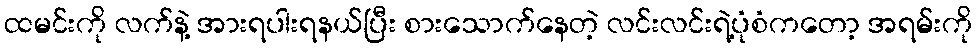
ထမင်းကို လက်နဲ့ အားရပါးရနယ်ပြီး စားသောက်နေတဲ့ လင်းလင်းရဲ့ပုံစံကတော့ အရမ်းကို